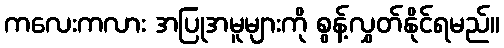
ကလေးကလား အပြုအမူများကို စွန့်လွှတ်နိုင်ရမည်။